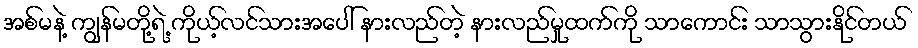
အစ်မနဲ့ ကျွန်မတို့ရဲ့ ကိုယ့်လင်သားအပေါ် နားလည်တဲ့ နားလည်မှုထက်ကို သာကောင်း သာသွားနိုင်တယ်